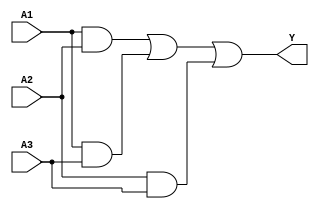
module sop_simplification (
    input wire A1,  // First binary input
    input wire A2,  // Second binary input
    input wire A3,  // Third binary input
    output wire Y   // Output representing the simplified Boolean function
);

// Internal signals for product terms
wire term1; // A1 AND A2
wire term2; // A1 AND A3
wire term3; // A2 AND A3

// AND gates for product terms
assign term1 = A1 & A2; // A1 AND A2
assign term2 = A1 & A3; // A1 AND A3
assign term3 = A2 & A3; // A2 AND A3

// OR gate to combine the product terms
assign Y = term1 | term2 | term3; // Y = A1A2 + A1A3 + A2A3

endmodule